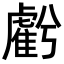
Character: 𧇾